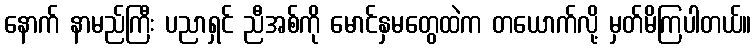
နောက် နာမည်ကြီး ပညာရှင် ညီအစ်ကို မောင်နှမတွေထဲက တယောက်လို့ မှတ်မိကြပါတယ်။